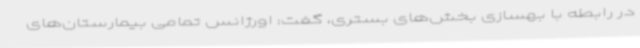
در رابطه با بهسازی بخش‌های بستری، گفت: اورژانس‌ تمامی بیمارستان‌های